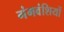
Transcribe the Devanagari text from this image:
गंगवंशियों